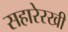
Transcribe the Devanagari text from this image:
सहारेरखी